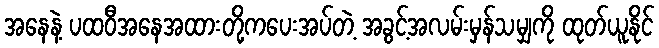
အနေနဲ့ ပထဝီအနေအထားတို့ကပေးအပ်တဲ့ အခွင့်အလမ်းမှန်သမျှကို ထုတ်ယူနိုင်